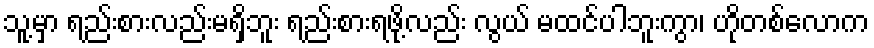
သူ့မှာ ရည်းစားလည်းမရှိဘူး ရည်းစားရဖို့လည်း လွယ် မထင်ပါဘူးကွာ၊ ဟိုတစ်လောက